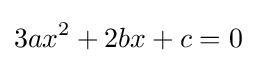
3ax^{2}+2bx+c=0